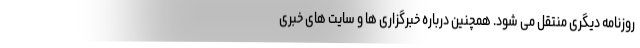
روزنامه دیگری منتقل می شود. همچنین درباره خبرگزاری ها و سایت های خبری